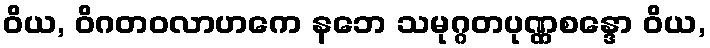
ဝိယ, ဝိဂတဝလာဟကေ နဘေ သမုဂ္ဂတပုဏ္ဏစန္ဒော ဝိယ,